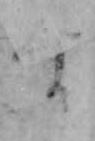
す